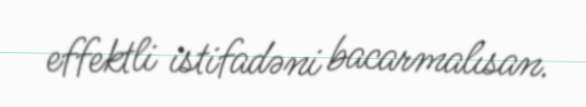
effektli istifadəni bacarmalısan.